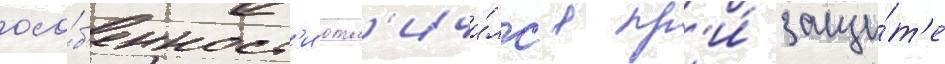
осо́б'енност'и отл'ичи́лс'я пр'и́ защи́т'е